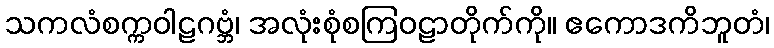
သကလံစက္ကဝါဠဂဗ္ဘံ၊ အလုံးစုံစကြဝဠာတိုက်ကို။ ဧကောဒကိဘူတံ၊